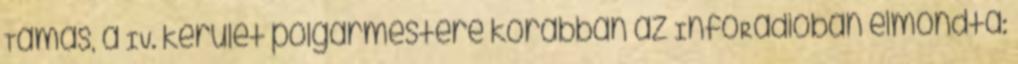
Tamás, a IV. kerület polgármestere korábban az InfoRádióban elmondta: